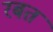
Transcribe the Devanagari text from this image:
रबत